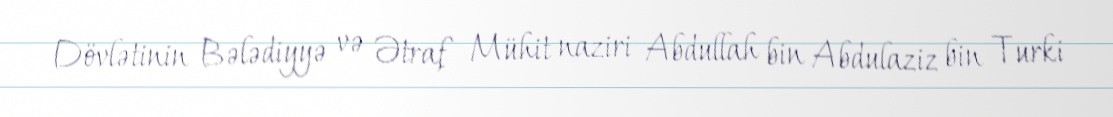
Dövlətinin Bələdiyyə və Ətraf Mühit naziri Abdullah bin Abdulaziz bin Turki